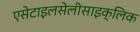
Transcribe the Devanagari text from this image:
एसेटाइलसेलीसाइक्लिक